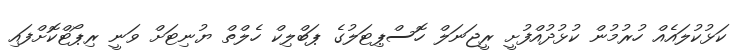
ކަޅުކުލައެއް ހުރުމުން ކުޅުދުއްފުށީ ރީޖަނަލް ހޮސްޕިޓަލުގެ ޕަބްލިކް ހެލްތް ޔުނިޓަށް ވަނީ ރިޕޯޓްކޮށްފައި